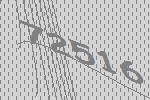
72516